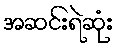
အဆင်းရဲဆုံး